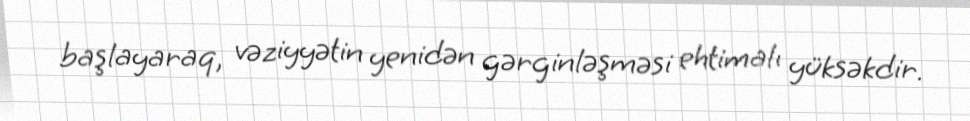
başlayaraq, vəziyyətin yenidən gərginləşməsi ehtimalı yüksəkdir.